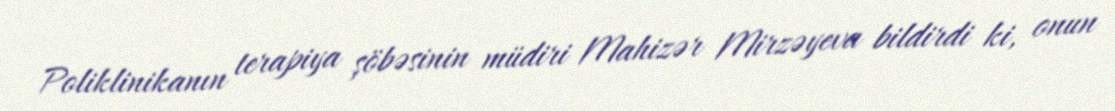
Poliklinikanın terapiya şöbəsinin müdiri Mahizər Mirzəyeva bildirdi ki, onun